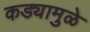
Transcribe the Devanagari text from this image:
कड्यामुळे